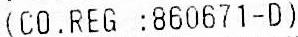
(CO.REG :860671-D)